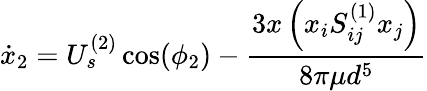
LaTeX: \dot{x}_{2}=U_{s}^{(2)}\cos(\phi_{2})-\frac{3x\left(x_{i}S_{ij}^{(1)}x_{j}\right)}{8\pi\mu d^{5}}